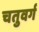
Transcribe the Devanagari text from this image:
चतुवर्ग